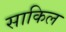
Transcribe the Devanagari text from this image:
साकिल